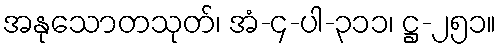
အနုသောတသုတ်၊ အံ-၄-ပါ-၃၁၁၊ ဋ္ဌ-၂၅၁။